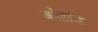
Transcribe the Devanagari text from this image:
कोहीड